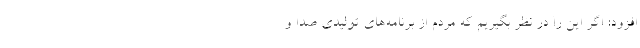
افزود: اگر این را در نظر بگیریم که مردم از برنامه‌های تولیدی صدا و